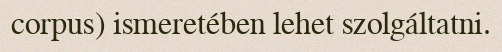
corpus) ismeretében lehet szolgáltatni.